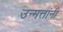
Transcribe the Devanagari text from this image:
उन्मत्तांनी